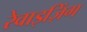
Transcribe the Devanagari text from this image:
रेवाइज़िंग